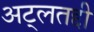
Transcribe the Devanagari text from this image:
अट्लतद्दी